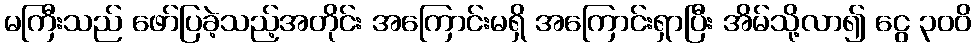
မကြီးသည် ဖော်ပြခဲ့သည့်အတိုင်း အကြောင်းမရှိ အကြောင်းရှာပြီး အိမ်သို့လာ၍ ငွေ ၃၀၀ိ